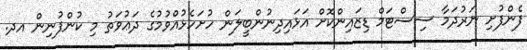
ފެންފުށި ނަރުދަމާ ސިސްޓަމް ޑިޒައިންކޮށް އަޅައިދިނުންބީލަން ހުށަހެޅުއްވުމުގެ ދަޢުވަތު މި ކުންފުނިން އދ.